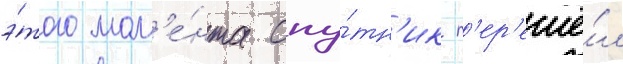
э́того мом'е́нта спу́тн'ик п'ер'ешё́л